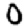
Digit: 0